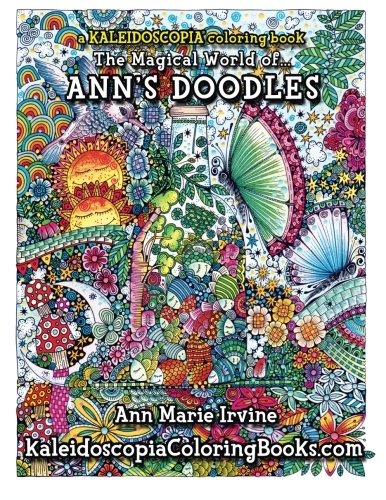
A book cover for Ann's Doodles: A Kaleidoscopia Coloring Book: The Magical World of; Ann Marie Irvine; Humor & Entertainment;